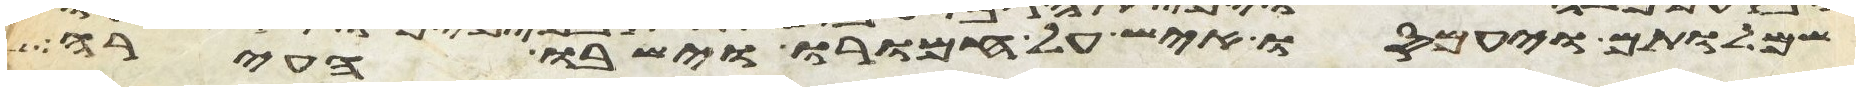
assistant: שמלותם ויעמסו איש על חמורו וישבו העירה